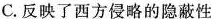
C.反映了西方侵略的隐蔽性